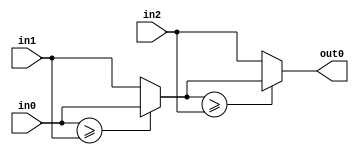
// -------------------------------------------------------------
// 
// 
// Generated by MATLAB 8.2 and HDL Coder 3.3
// 
// -------------------------------------------------------------


// -------------------------------------------------------------
// 
// Module: velocityControlHdl_MinMax1
// Source Path: velocityControlHdl/Space_Vector_Modulation/MinMax1
// Hierarchy Level: 5
// 
// -------------------------------------------------------------

`timescale 1 ns / 1 ns

module velocityControlHdl_MinMax1
          (
           in0,
           in1,
           in2,
           out0
          );


  input   signed [17:0] in0;  // sfix18_En12
  input   signed [17:0] in1;  // sfix18_En12
  input   signed [17:0] in2;  // sfix18_En12
  output  signed [17:0] out0;  // sfix18_En12


  wire signed [17:0] MinMax1_muxout [0:2];  // sfix18_En12 [3]
  wire signed [17:0] MinMax1_stage1_val [0:1];  // sfix18_En12 [2]
  wire signed [17:0] MinMax1_stage2_val;  // sfix18_En12


  assign MinMax1_muxout[0] = in0;
  assign MinMax1_muxout[1] = in1;
  assign MinMax1_muxout[2] = in2;

  // ---- Tree max implementation ----
  // ---- Tree max stage 1 ----
  assign MinMax1_stage1_val[0] = (MinMax1_muxout[0] >= MinMax1_muxout[1] ? MinMax1_muxout[0] :
              MinMax1_muxout[1]);
  assign MinMax1_stage1_val[1] = MinMax1_muxout[2];



  // ---- Tree max stage 2 ----
  assign MinMax1_stage2_val = (MinMax1_stage1_val[0] >= MinMax1_stage1_val[1] ? MinMax1_stage1_val[0] :
              MinMax1_stage1_val[1]);



  assign out0 = MinMax1_stage2_val;

endmodule  // velocityControlHdl_MinMax1